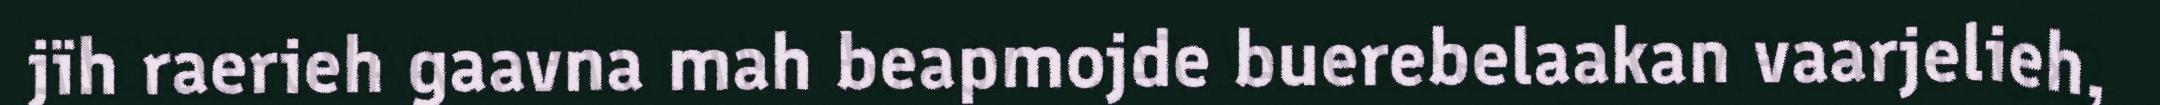
jïh raerieh gaavna mah beapmojde buerebelaakan vaarjelieh,